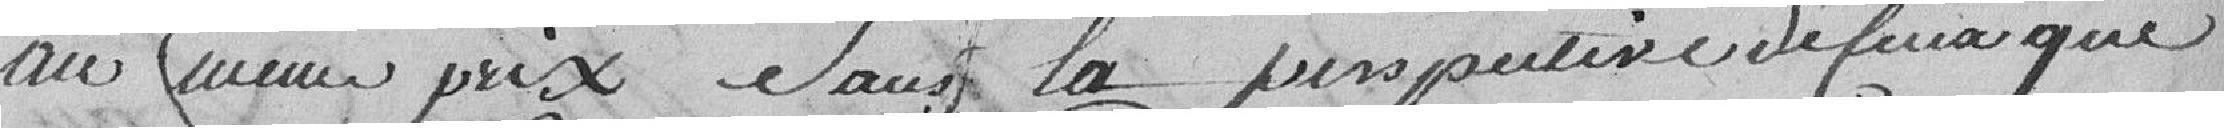
au même prix dans la perspective defeux que